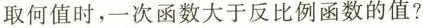
取何值时，一次函数大于反比例函数的值?